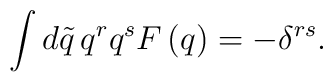
\int d\tilde q\, q^rq^sF\left( q\right) =-\delta ^{rs}.